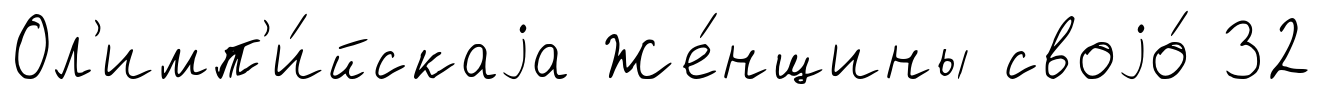
Ол'имп'и́йскаjа Же́нщины своjо́ 32